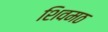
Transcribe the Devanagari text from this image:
शिवमठ